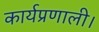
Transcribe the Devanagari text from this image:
कार्यप्रणाली।